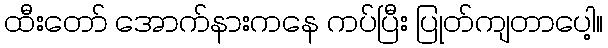
ထီးတော် အောက်နားကနေ ကပ်ပြီး ပြုတ်ကျတာပေါ့။